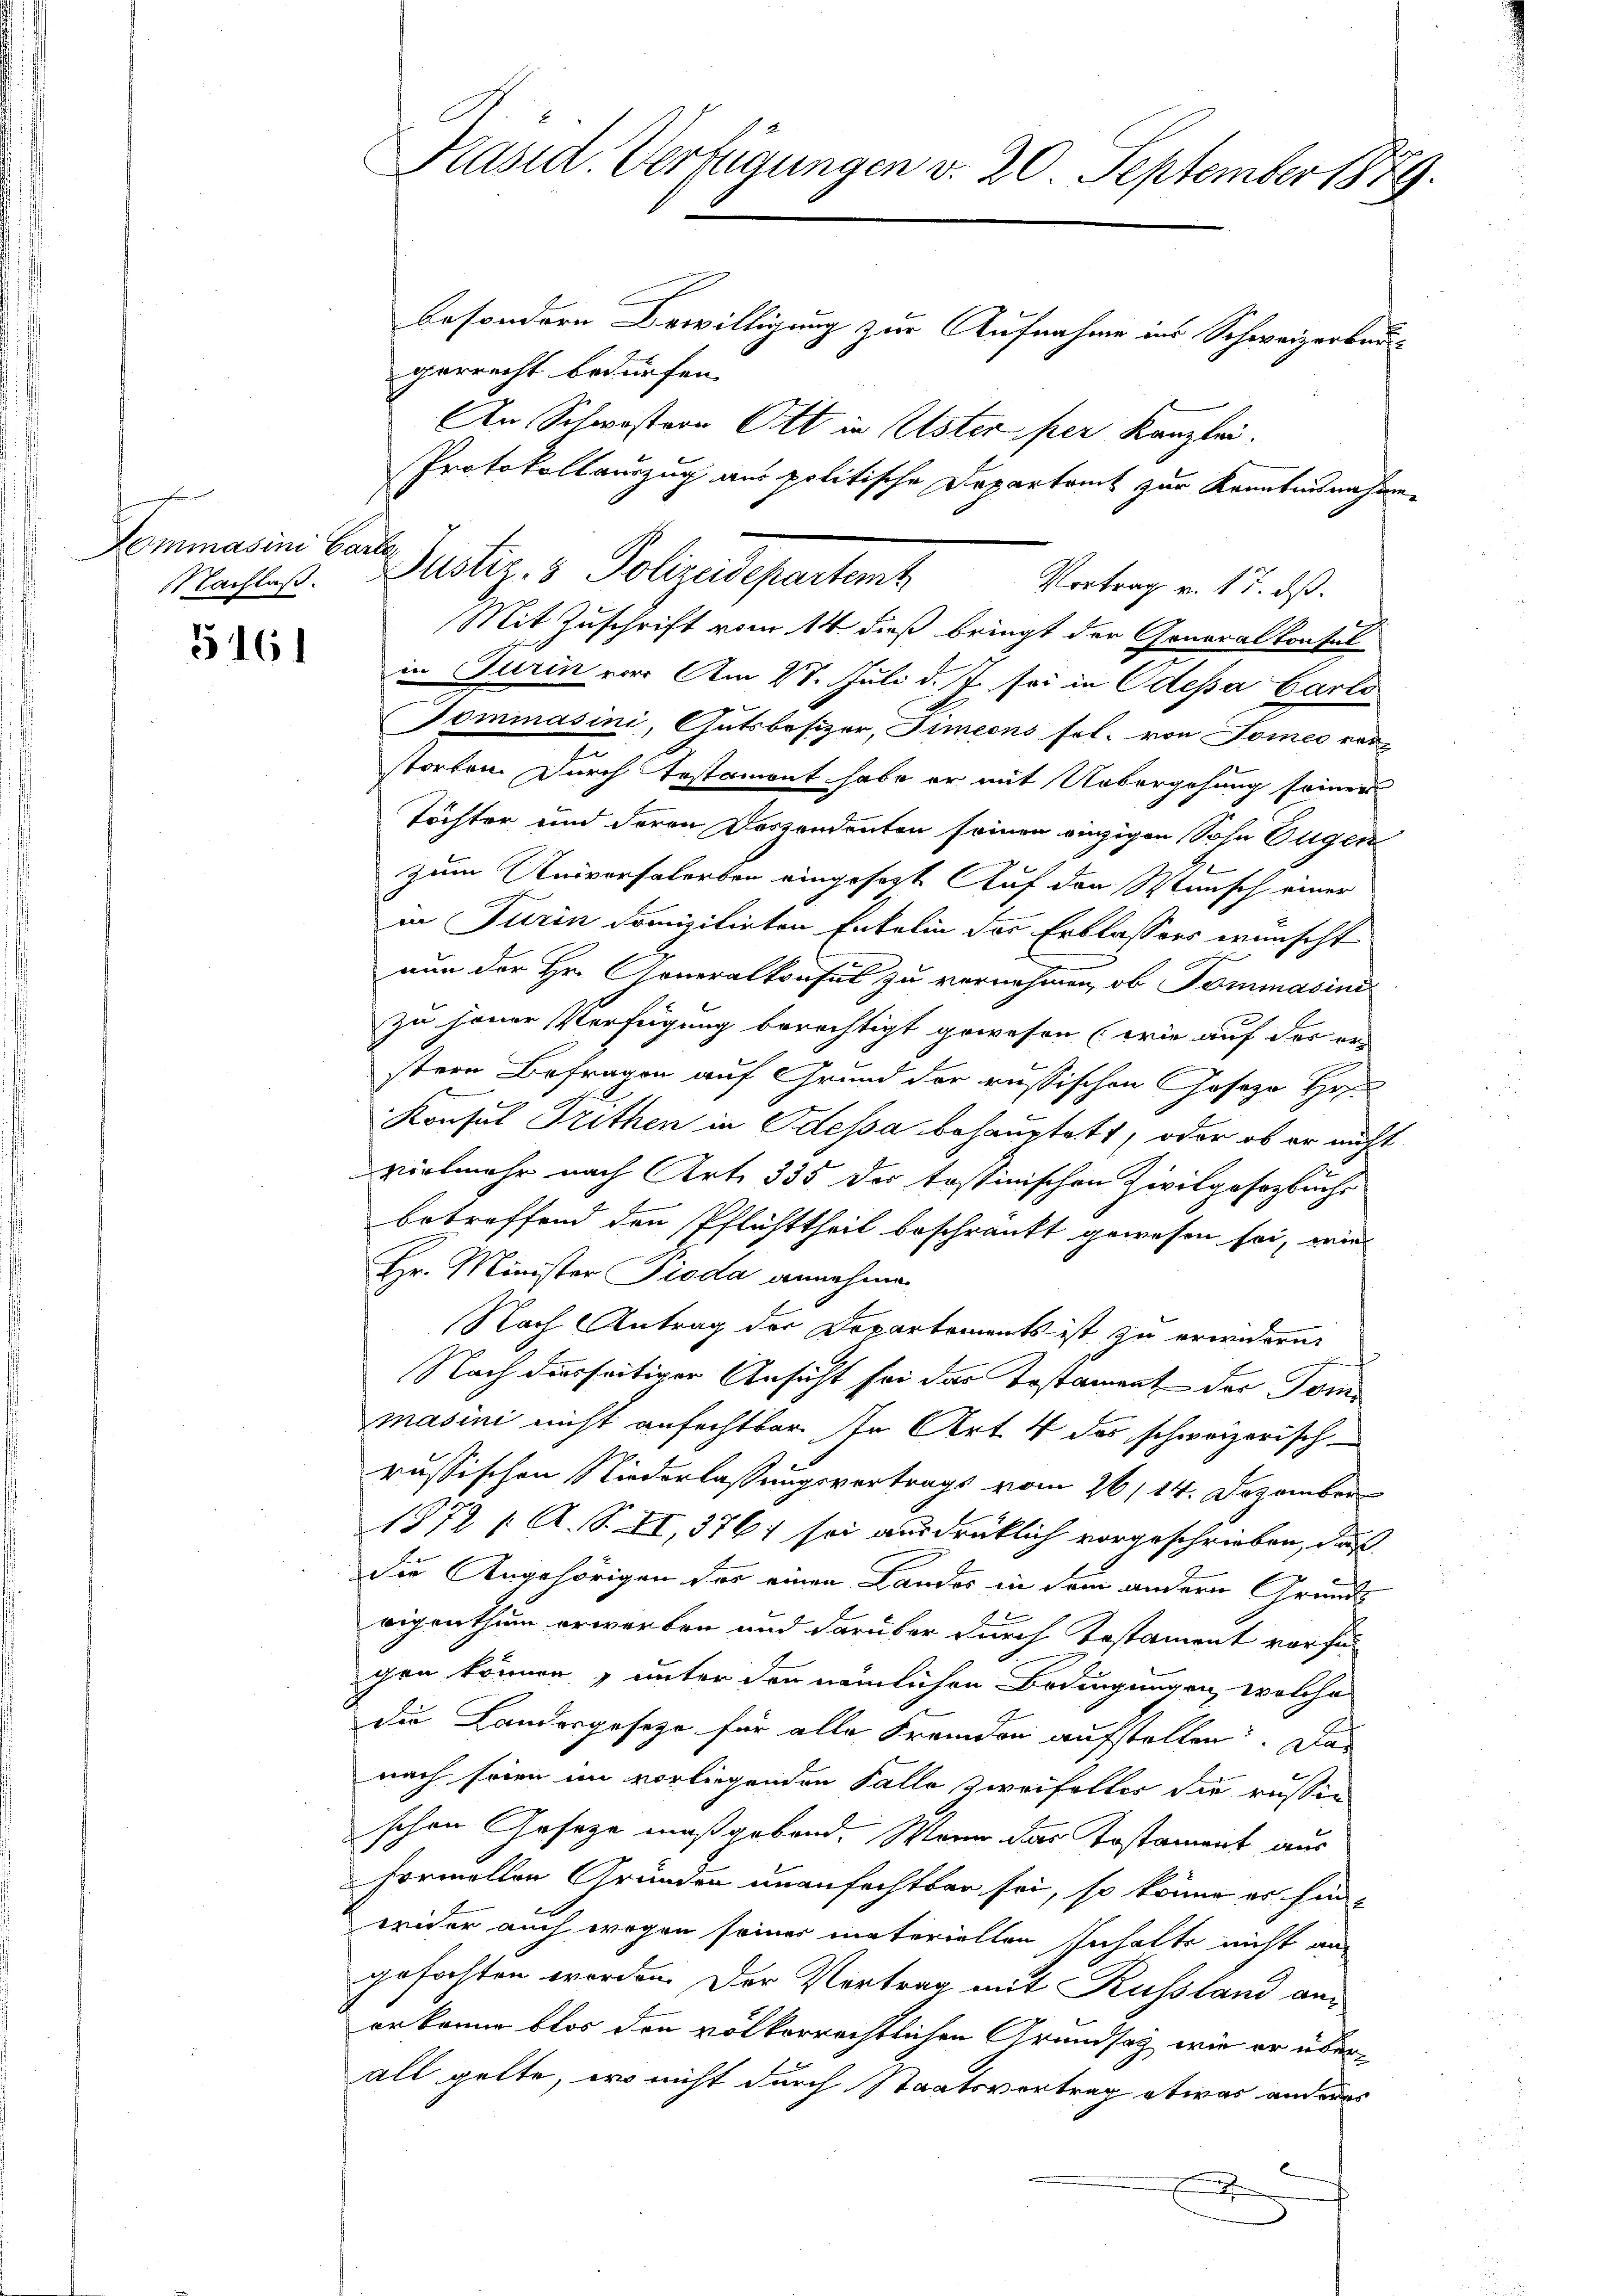
nheren
Lommasini Carte
Nachlaß.

5161

Präsid. Verfügungen v. 20. September 1879.
besondern Bewilligung zur Aufnahme ins Schweizerbaugerrecht bedürfen.

An Schwistern Ott in Ester per Kanzlei.
Protokollauszug aus politische Departamt zur Kenntnisnahme
Justiz- & Polizeidepartemt
Vortrag v. 17. dß.
Mit Zuschrift vom 14. dieß bringt der Generalkonsul-
in Turin vor Am 28. Juli d. J. sei in Odessa Carlo
Gommasini, Gutsbesizer, Simeons sol. von Tomeo ver
storben. Durch Testament habe er mit Uebergehung seiner
Töchter und deren Deszendenten seinen einzigen Sohn Eugen
zum Universalerben eingesezt. Auf den Wunsch einer
in Turin domizitirten Enkelin des Erblassers wünscht
nun der Hr. Generalkonsul zu vernehmen, ob Tommasini
zu jener Verfügung berechtigt gewesen (wie auf der er
g
stere Befragen auf Grund der russischen Josoza Hr.
Konsul Trithen in Odessa behauptet, oder ob er nicht
vielmehr nach Art. 335 des tostinischen Zivilgesetzbuchs
betreffend den Pflichttheil beschränkt gewesen sei, wie
Hr. Ministor Pioda annahmen
Nach Antrag der Departements ist zu erwidern,
Nach diesseitiger Ansicht sei das Testament der Tom
masini nicht anfechtbar in Art. 4 das schweizerisch-
russischen Niederlassungsvertrags vom 26/14. Dezember
1872 /: A. S. XI, 376 sei ausdrüklich vorgeschrieben, daß
die Angehörigen vor einen Landes in dem andern Grunds
eigenthum erwerben und darüber durch Testament vorfügen können, unter den nämlichen Bedingungen, welche
die Landesgeseze für alle Fremden aufstellen: Das
nach seien im vorliegenden Falle zweifelter die russie
schon Gesetze maßgebend. Wenn das Postament aus
Formellen Gründen unanfechtbar sei, so könne er hinwider auch wegen seiner materiellen Inhalte nicht aus
gefochten worden. Der Vertrag mit Russland anerkanne blos den völkerrechtlichen Grundsatz wie er überall gelte, wo nicht durch Staatsvortrag etwas anderes
e
F